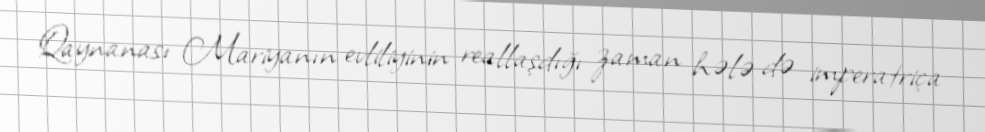
Qaynanası Mariyanın evliliyinin reallaşdığı zaman hələ də imperatriça